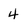
Character: 4